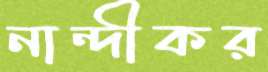
নান্দীকর